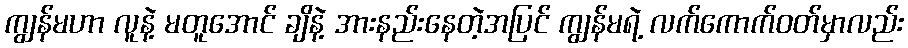
ကျွန်မဟာ လူနဲ့ မတူအောင် ချိနဲ့ အားနည်းနေတဲ့အပြင် ကျွန်မရဲ့ လက်ကောက်ဝတ်မှာလည်း